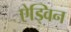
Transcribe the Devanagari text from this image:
ऐड्विन